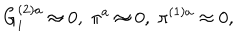
LaTeX: G _ { i } ^ { ( 2 ) a } \approx 0 , \; \pi ^ { a } \approx 0 , \; \pi ^ { ( 1 ) a } \approx 0 ,